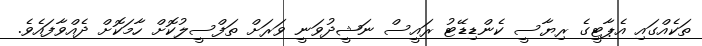
ތަކެއްގައި އެޕާޓީގެ ރިޔާސީ ކެންޑިޑޭޓު ރައީސް ނަޝީދުވަނީ ވަރަށް ތަފްސީލުކޮށް ހާމަކޮށް ދެއްވާފައެވެ.